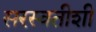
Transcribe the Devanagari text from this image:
सरस्वतीशी